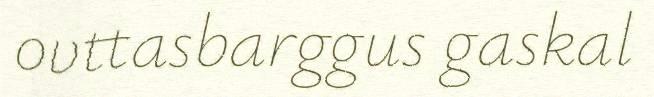
ovttasbarggus gaskal